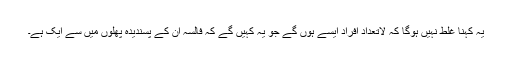
یہ کہنا غلط نہیں ہوگا کہ لاتعداد افراد ایسے ہوں گے جو یہ کہیں گے کہ فالسہ ان کے پسندیدہ پھلوں میں سے ایک ہے۔